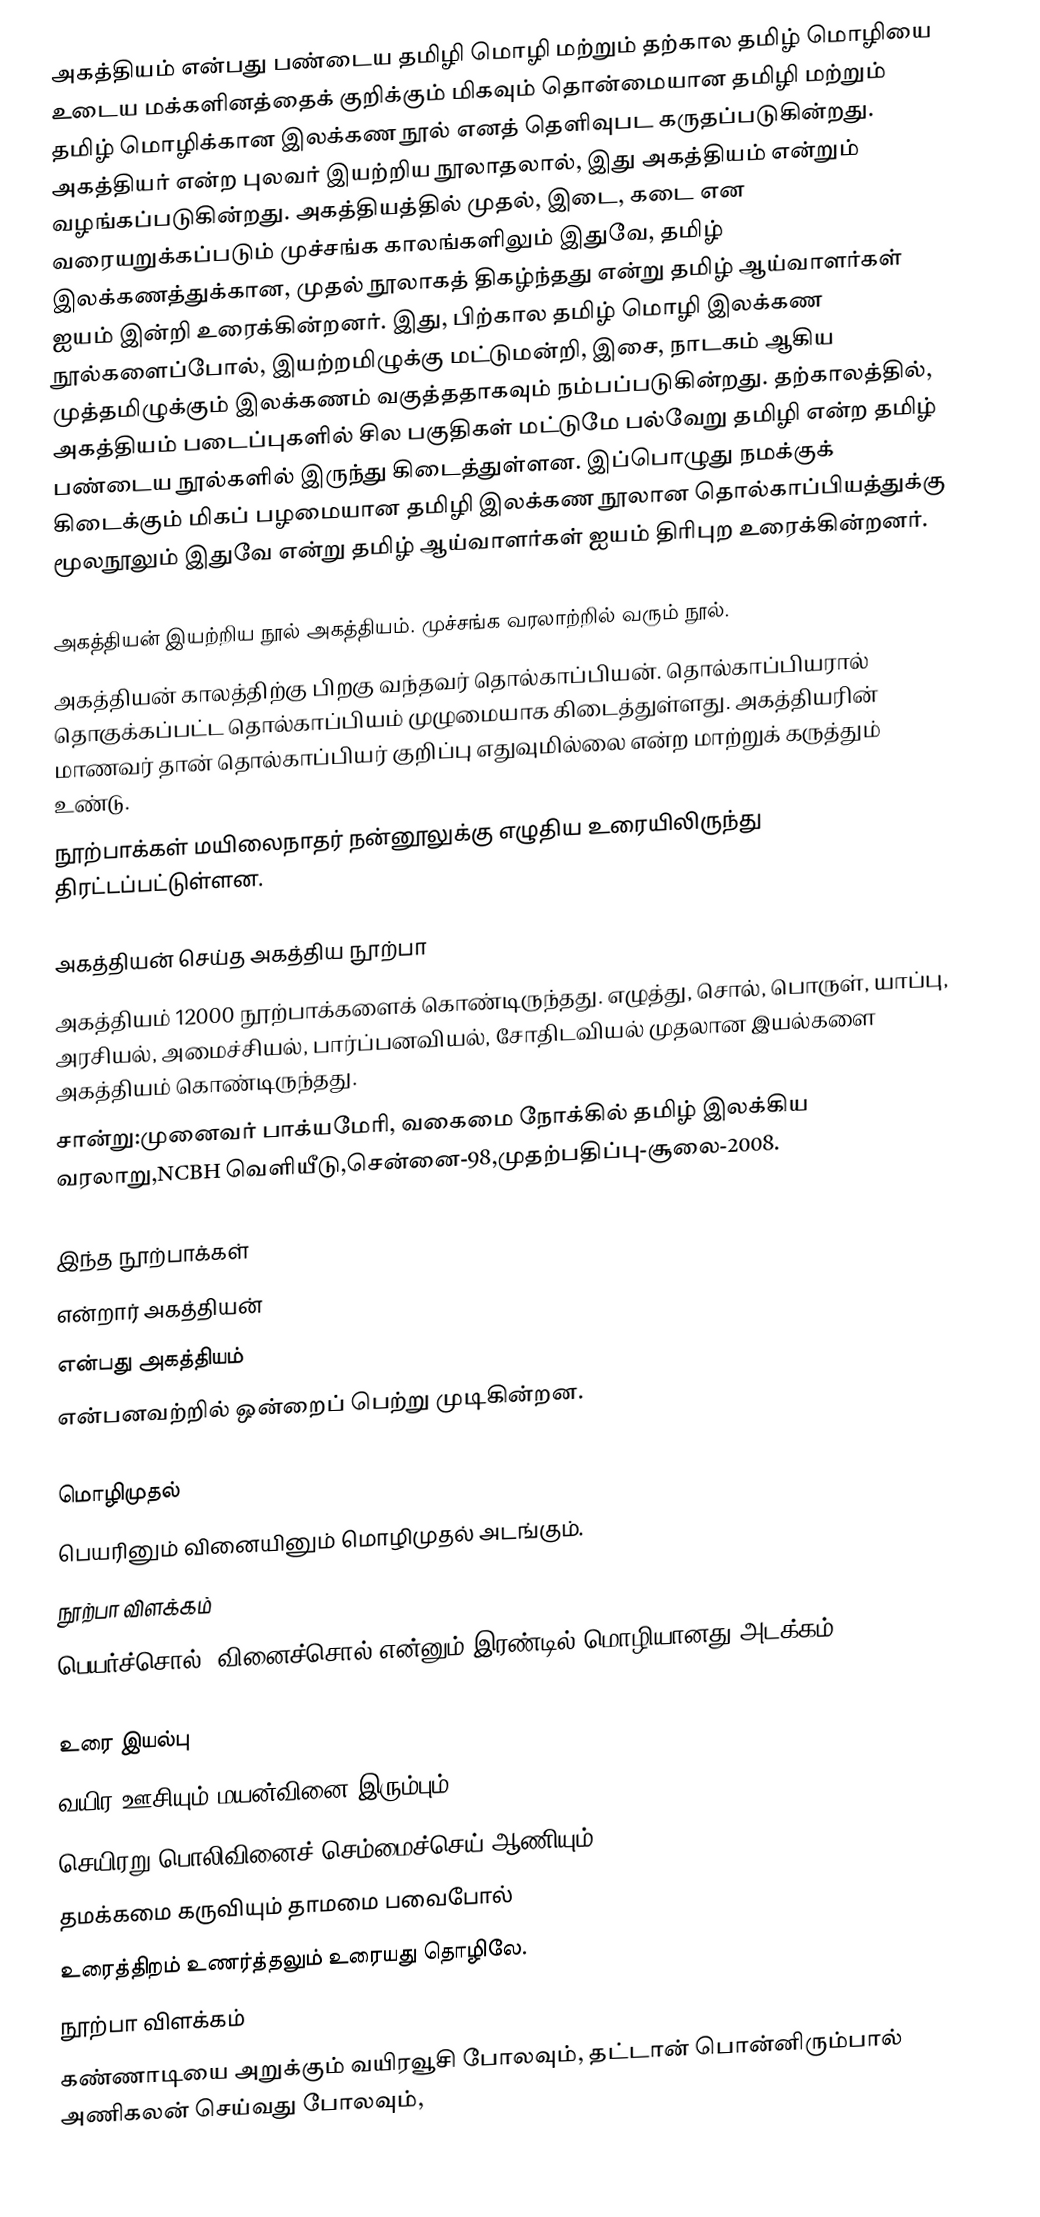
அகத்தியம் என்பது பண்டைய தமிழி மொழி மற்றும் தற்கால தமிழ் மொழியை உடைய மக்களினத்தைக் குறிக்கும் மிகவும் தொன்மையான தமிழி மற்றும் தமிழ் மொழிக்கான இலக்கண நூல் எனத் தெளிவுபட கருதப்படுகின்றது. அகத்தியர் என்ற புலவர் இயற்றிய நூலாதலால், இது அகத்தியம் என்றும் வழங்கப்படுகின்றது. அகத்தியத்தில் முதல், இடை, கடை என வரையறுக்கப்படும் முச்சங்க காலங்களிலும் இதுவே, தமிழ் இலக்கணத்துக்கான, முதல் நூலாகத் திகழ்ந்தது என்று தமிழ் ஆய்வாளர்கள் ஐயம் இன்றி உரைக்கின்றனர். இது, பிற்கால தமிழ் மொழி இலக்கண நூல்களைப்போல், இயற்றமிழுக்கு மட்டுமன்றி, இசை, நாடகம் ஆகிய முத்தமிழுக்கும் இலக்கணம் வகுத்ததாகவும் நம்பப்படுகின்றது. தற்காலத்தில், அகத்தியம் படைப்புகளில் சில பகுதிகள் மட்டுமே பல்வேறு தமிழி என்ற தமிழ் பண்டைய நூல்களில் இருந்து கிடைத்துள்ளன. இப்பொழுது நமக்குக் கிடைக்கும் மிகப் பழமையான தமிழி இலக்கண நூலான தொல்காப்பியத்துக்கு மூலநூலும் இதுவே என்று தமிழ் ஆய்வாளர்கள் ஐயம் திரிபுற உரைக்கின்றனர்.

 அகத்தியன் இயற்றிய நூல் அகத்தியம். முச்சங்க வரலாற்றில் வரும் நூல்.
 அகத்தியன் காலத்திற்கு பிறகு வந்தவர் தொல்காப்பியன். தொல்காப்பியரால் தொகுக்கப்பட்ட தொல்காப்பியம் முழுமையாக கிடைத்துள்ளது. அகத்தியரின் மாணவர் தான் தொல்காப்பியர் குறிப்பு எதுவுமில்லை என்ற மாற்றுக் கருத்தும் உண்டு.
 நூற்பாக்கள் மயிலைநாதர் நன்னூலுக்கு எழுதிய உரையிலிருந்து திரட்டப்பட்டுள்ளன.

அகத்தியன் செய்த அகத்திய நூற்பா
அகத்தியம் 12000 நூற்பாக்களைக் கொண்டிருந்தது. எழுத்து, சொல், பொருள், யாப்பு, அரசியல், அமைச்சியல், பார்ப்பனவியல், சோதிடவியல் முதலான இயல்களை அகத்தியம் கொண்டிருந்தது.
சான்று:முனைவர் பாக்யமேரி, வகைமை நோக்கில் தமிழ் இலக்கிய வரலாறு,NCBH வெளியீடு,சென்னை-98,முதற்பதிப்பு-சூலை-2008.

இந்த நூற்பாக்கள்
என்றார் அகத்தியன்
என்பது அகத்தியம்
என்பனவற்றில் ஒன்றைப் பெற்று முடிகின்றன.

மொழிமுதல்
பெயரினும் வினையினும் மொழிமுதல் அடங்கும்.
நூற்பா விளக்கம்
பெயர்ச்சொல், வினைச்சொல் என்னும் இரண்டில் மொழியானது அடக்கம்.

உரை இயல்பு
வயிர ஊசியும் மயன்வினை இரும்பும்
செயிரறு பொலிவினைச் செம்மைச்செய் ஆணியும்
தமக்கமை கருவியும் தாமமை பவைபோல்
உரைத்திறம் உணர்த்தலும் உரையது தொழிலே.
நூற்பா விளக்கம்
கண்ணாடியை அறுக்கும் வயிரவூசி போலவும், தட்டான் பொன்னிரும்பால் அணிகலன் செய்வது போலவும்,